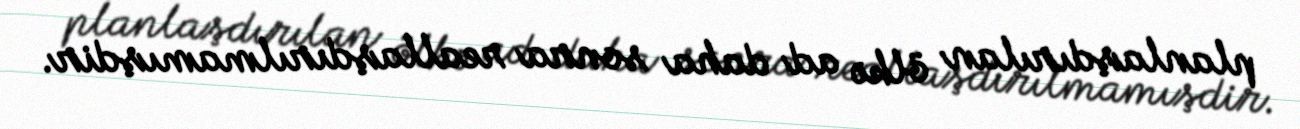
planlaşdırılan ölkə ad daha sonra reallaşdırılmamışdir.